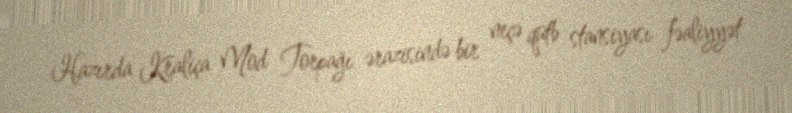
Hazırda Kraliça Mod Torpağı ərazisində bir neçə qütb stansiyası fəaliyyət